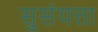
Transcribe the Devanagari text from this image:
सुसंयत्ता